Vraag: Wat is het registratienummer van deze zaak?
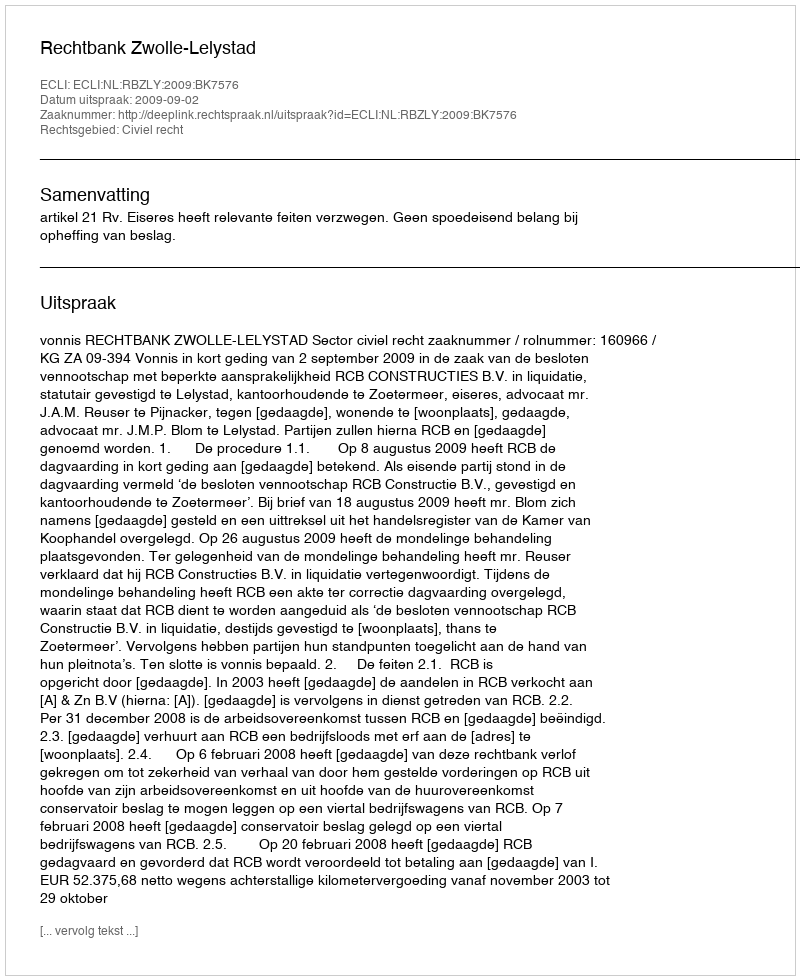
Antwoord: http://deeplink.rechtspraak.nl/uitspraak?id=ECLI:NL:RBZLY:2009:BK7576